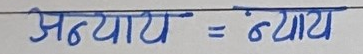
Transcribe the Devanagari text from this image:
अन्याय = न्याय